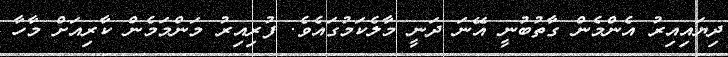
ދިޔައިއިރު އެންމެން ގާތުބުނީ އޭނަ ދަނީ މާލެކަމުގައެވެ. ފުރިއިރު މަންމަމެން ކާރިއަށް މާހާ